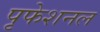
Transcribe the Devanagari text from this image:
पृफेशनल